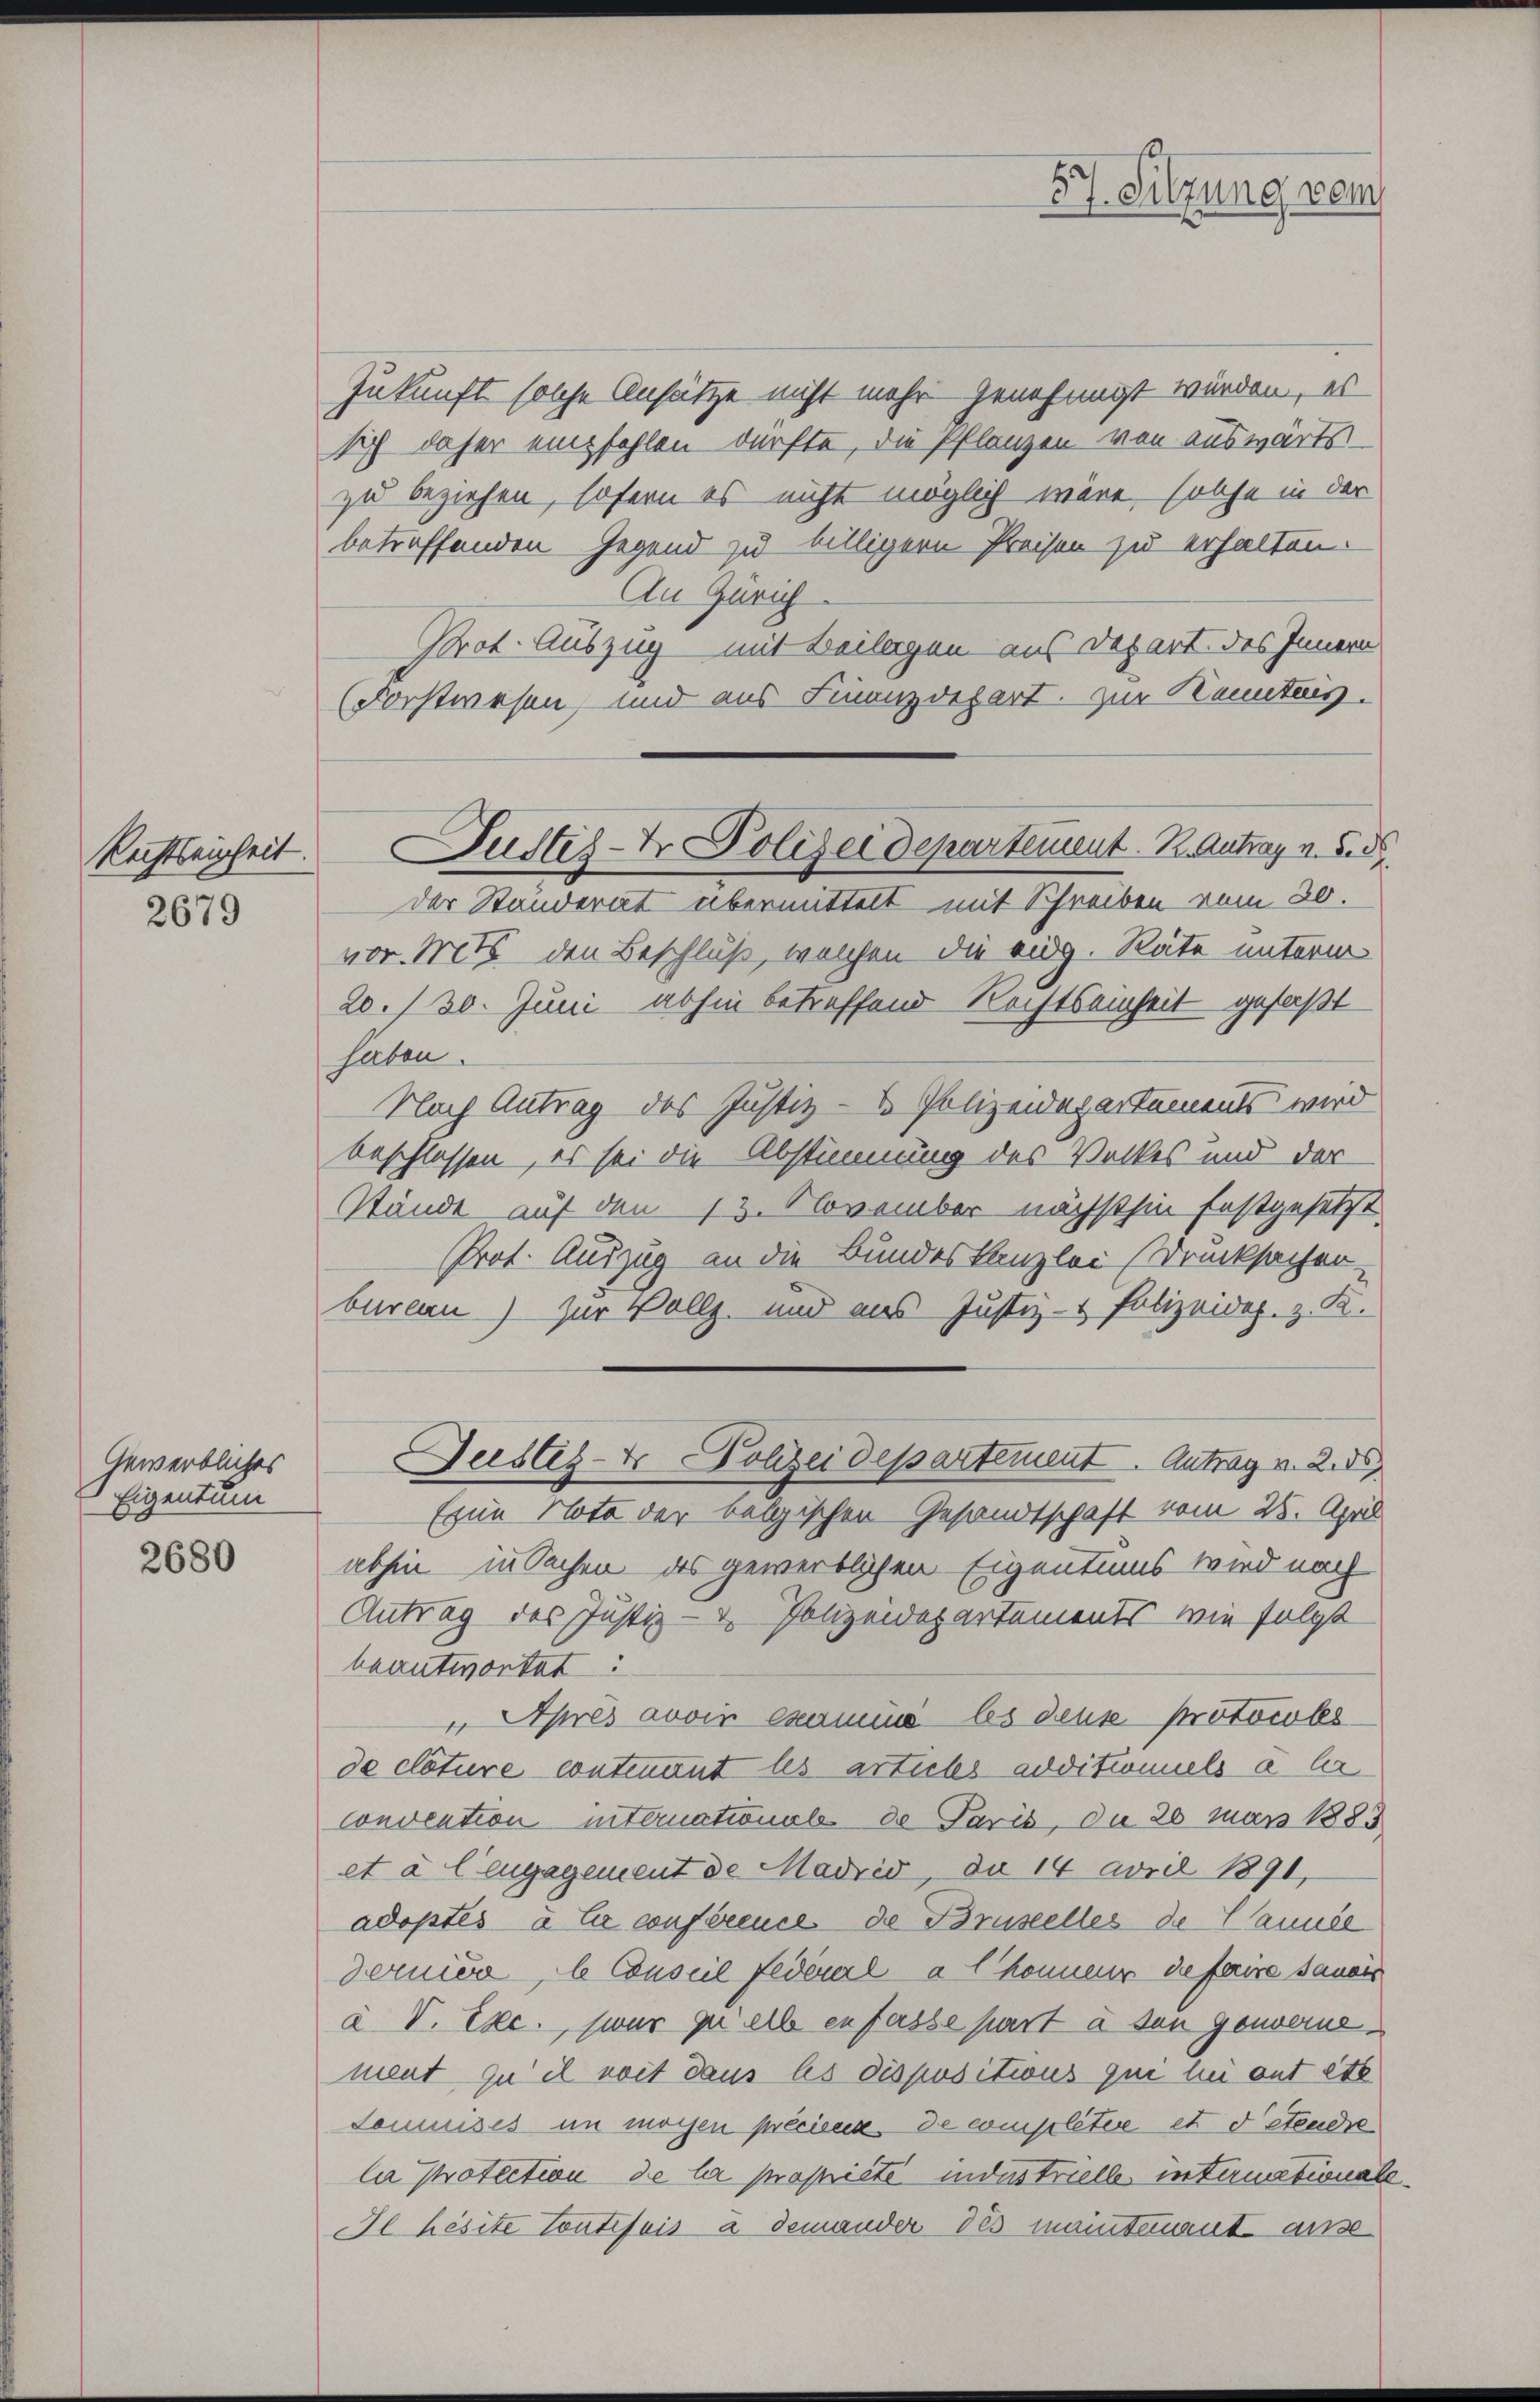
Rechtseinheit

2679

Gewerbliches
Eigentum

2680

Zukunft solche Ansätze nicht mehr genehmigt würden, es
sich daher empfehlen dürfte, die Pflanzen von auswärts-
zu beziehen, sofern es nicht möglich wäre, solche in der
betreffenden Gegend zu billigern Preisen zu erhalten.
An Zürich
Prot. Auszug mit Beilagen aus Depart des Innern
(Forstwesen, und aus Finanzdepart. zur Kenntnis.
der Standerat übermittelt mit Schreiben vom 20.
vor. Mit den Beschluß, welchen die eidg. Räte unterm
20./30. Juni abhin betreffend Rechtsenheit gefaßt
haben.
Nach Antrag des Justiz - Polizeidepartements wird
beschlossen, es sei die Abstimmung des Volkes und der
Stände auf den 13. November nächsthin festgesetzt
Prot. Auszug an die Bundeskanzlei Drucksacher-
baren) zur Vollz, und aus Justiz- & Polizeidep. z. K.
Geistes- Polizeidepartement. Antrag v. 2. ds
Eine Note der belgischen Gesandtschaft vom 25. April
abhin in Sachen des gewerblichen Eigentums wird noch
Antrag des Justiz- & Polizeidepartements, wie folgt
beantwortet:
 Après avoir examine les deus protocolls
de clôture contenant les articles additioniels a la
Convention internationale de Paris, da 20 man 1883
et à leugagement de Madrid, da 14 avril 1891,
adoptés à Er conférence de Brustelles de Cannée
dernis, le Conseil federerl a (Konneur de faire sanis
a V. Exc., zwar quelle enfasse part à son gouvernement zu il soit dans les dispositius qui lei auf etc
Somnises in mochen précieux de complétere et detendre
la potection de la propriété industrielle internationale
e hésite Toutefois a demander des maintenant ausse

Justes- Polizeidepartement. R. Antrag v. Se

57. Sitzung vom